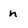
Character: n